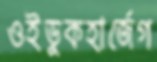
ওইডুকহার্জেগ